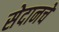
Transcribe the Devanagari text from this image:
सेदानचे